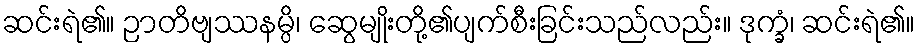
ဆင်းရဲ၏။ ဉာတိဗျဿနမ္ပိ၊ ဆွေမျိုးတို့၏ပျက်စီးခြင်းသည်လည်း။ ဒုက္ခံ၊ ဆင်းရဲ၏။